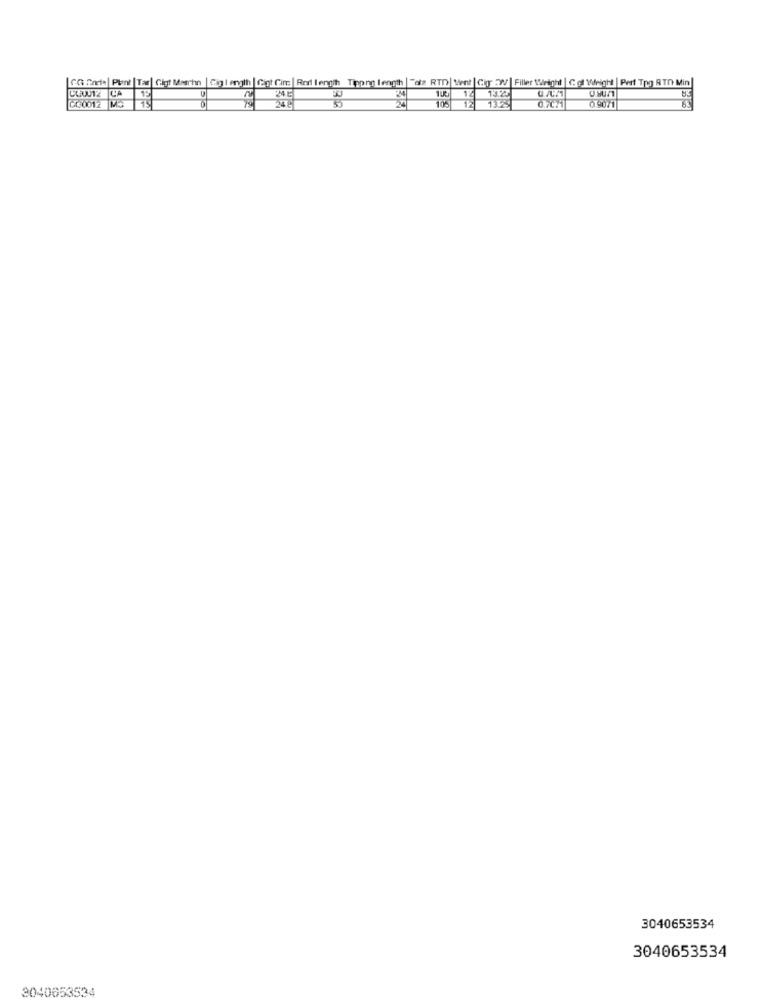
GO forte| Punt | Tas| Gigt Maarhn | Gig length | Cint Cire | Red length Tippno length | "dia RTD| Vent| Cir :W | Filler Wright | Col Weight | Perf Too RTn Min
LEV12 CA
GC0012 M3
19
35
3040653534
3040653534
3040653534